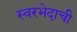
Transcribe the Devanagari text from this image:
स्वरभेदाची